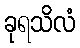
ခုရသိလံ